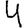
Digit: 4